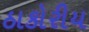
ઠાકોરીય